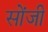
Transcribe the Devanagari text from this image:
सोंजी